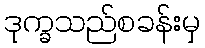
ဒုက္ခသည်စခန်းမှ